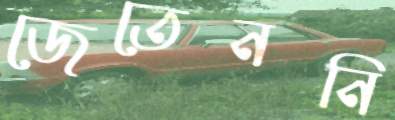
জেতেননি